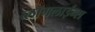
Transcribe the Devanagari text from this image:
ब्लॉगलाईन्स